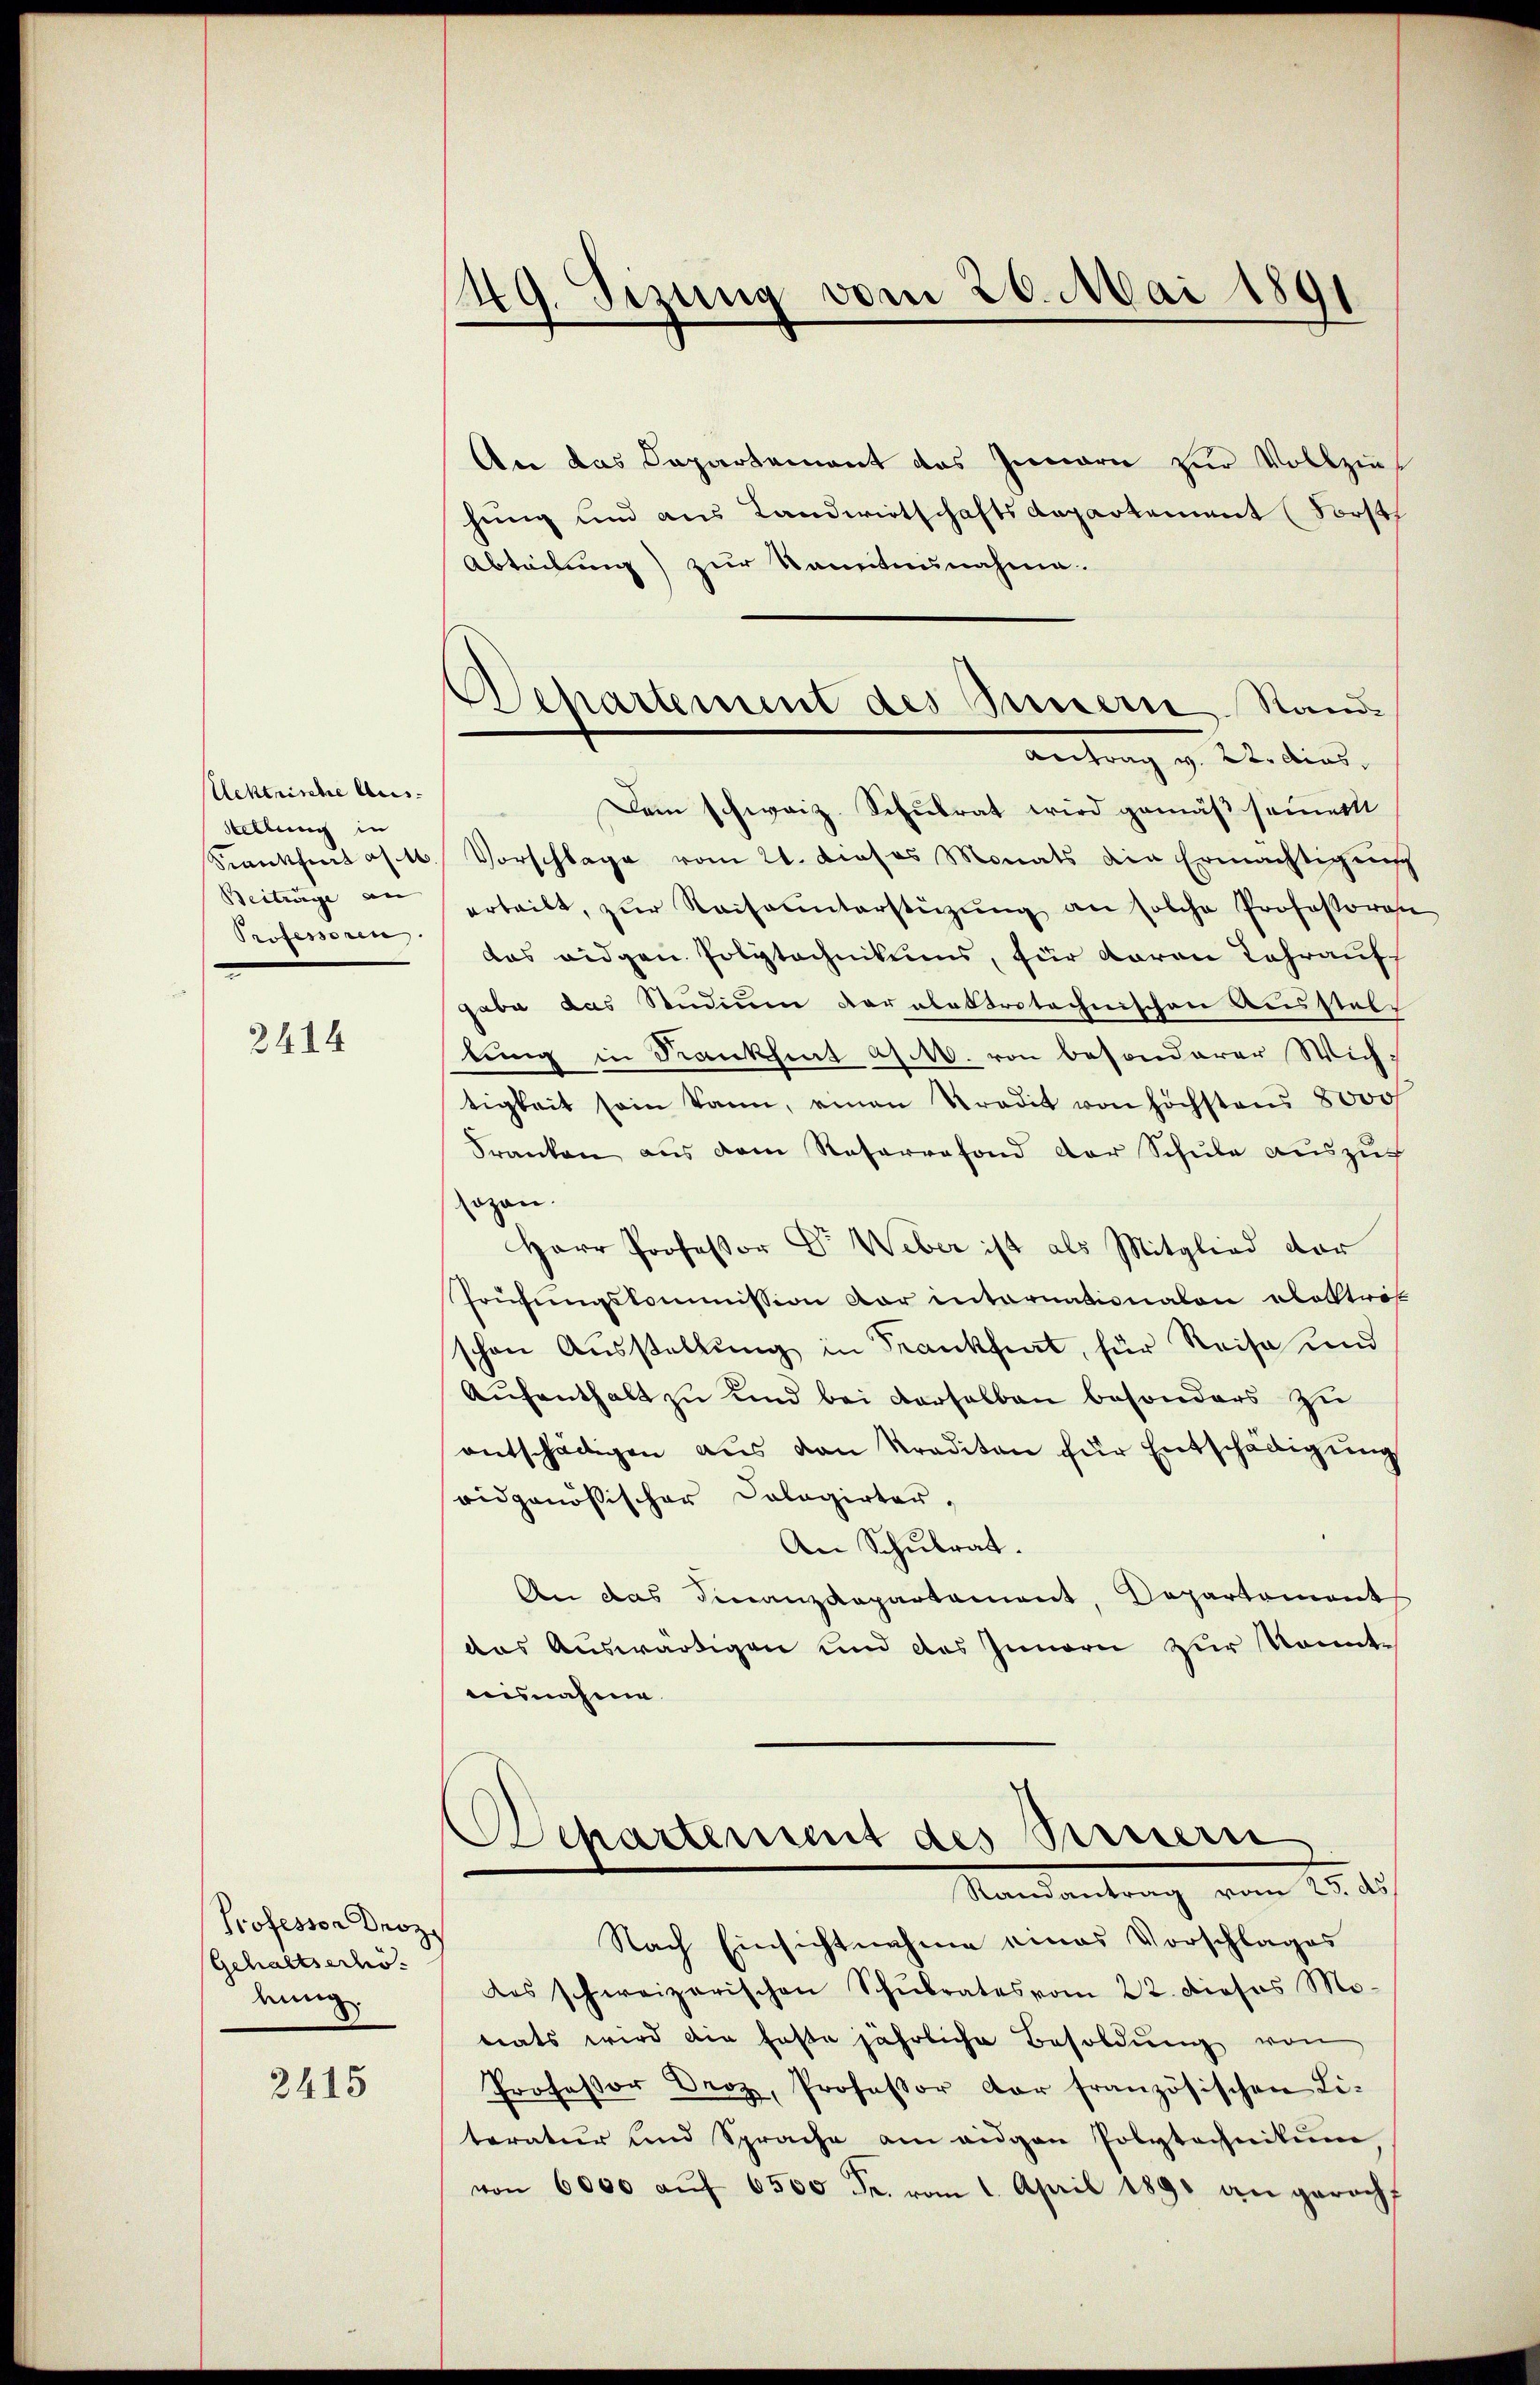
Acktrische Aus¬
Stellung in
Srankfurt a
Beiträge an
Professoren.
2

2414

Professor Droz.
Gehaltserhö
d.

2415

49. Sizung vom 20. Mai 1891

Departement des Innern Stand
antrag z. B. dies

An das Departement das Innern zur Vollziehung und aus Landwirtschaftsdepartement (Forst
Abteilung) zur Kenntnunahme.
Dam schweiz. Schulrat wird gemäß sammer
Vorschlage vom 21. dieses Monats die Ermächtigung
erteilt, zŭr Kaiseunterstützŭng an solche Professores
das eidgen. Polytechnikums, für daran Jahrauf
gabe das Studium darabeltrotechnischen Ausstals
lung in Krankhent a M. von besonderer Wichtigkeit sein kann, einen Stradit von höchstens 8000
Franken aus dem Reservefond der Schule auszu
sogen.
Herr Professor Dr. Weber ist als Mitglied der
Prüfungskommission der internationalen abolltrit
schen Ausstellung in Krankfiat, für Reise und
Aŭfenthalt zu und bei derselben besonders zu
entschädigen aus den Krediten für Entschädigung
ridgenössischer Cologirter-
An Schulrat.
An das Finanzdepartament, Departement
das Auswärtigen und des Innern zur kannt-
aisnahme
partement des Sinnern
Randantrag vom 25. ds
Nach Einsichtnahme eines Vorschlages
das schweizerischen Schŭlrates vom 22. Dieses Mo-
tats wird die feste jährliche Besoldŭng von
Professor Droz, Professor der französischen Li-
teratur und Sprache am eigen Polytechnikum,
von 6000 aŭf 6500 Fr. vom 1. April 1891 an gericht